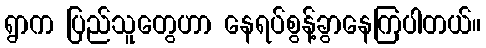
ရွာက ပြည်သူတွေဟာ နေရပ်စွန့်ခွာနေကြပါတယ်။